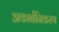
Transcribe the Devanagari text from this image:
अकार्बनिकरण